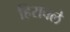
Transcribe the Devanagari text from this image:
हिरावले